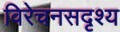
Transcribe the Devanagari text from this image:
विरेचनसदृश्य